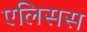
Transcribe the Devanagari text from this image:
एलिसस